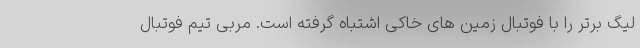
لیگ برتر را با فوتبال زمین های خاکی اشتباه گرفته است. مربی تیم فوتبال